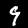
Digit: 9